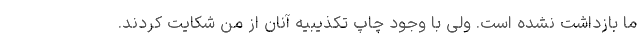
ما بازداشت نشده است. ولی با وجود چاپ تکذیبیه آنان از من شکایت کردند.